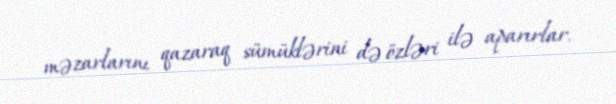
məzarlarını qazaraq sümüklərini də özləri ilə aparırlar.